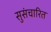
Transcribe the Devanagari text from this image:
सुसंचारित